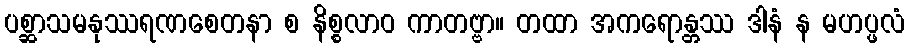
ပစ္ဆာသမနုဿရဏစေတနာ စ နိစ္စလာဝ ကာတဗ္ဗာ။ တထာ အကရောန္တဿ ဒါနံ န မဟပ္ဖလံ